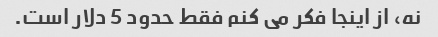
نه، از اینجا فکر می کنم فقط حدود 5 دلار است.